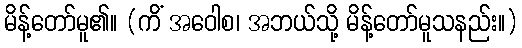
မိန့်တော်မူ၏။ (ကိံ အဝေါစ၊ အဘယ်သို့ မိန့်တော်မူသနည်း။)